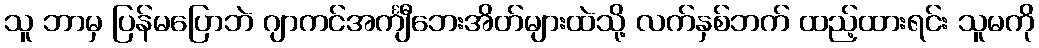
သူ ဘာမှ ပြန်မပြောဘဲ ဂျာကင်အင်္ကျီဘေးအိတ်များထဲသို့ လက်နှစ်ဘက် ထည့်ထားရင်း သူမကို